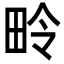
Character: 𪽏